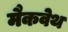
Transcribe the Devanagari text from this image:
मैकवेथ